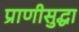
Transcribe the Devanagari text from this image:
प्राणीसुद्धा